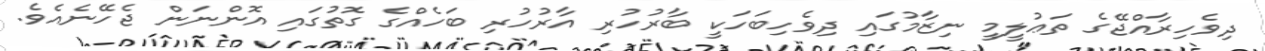
ދިވެހިރާއްޖޭގެ ތަޢުލީމީ ނިޒާމުގައި ދިވެހިބަހަކީ ބާރުހުރި އާރުހުރި ބަހެއްގެ ގޮތުގައި އޮންނަން ޖެހޭނެއެވެ.